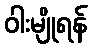
ဝါးမျိုရန်